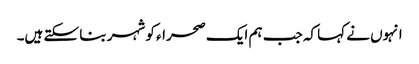
انہوں نے کہا کہ جب ہم ایک صحراء کو شہر بنا سکتے ہیں۔